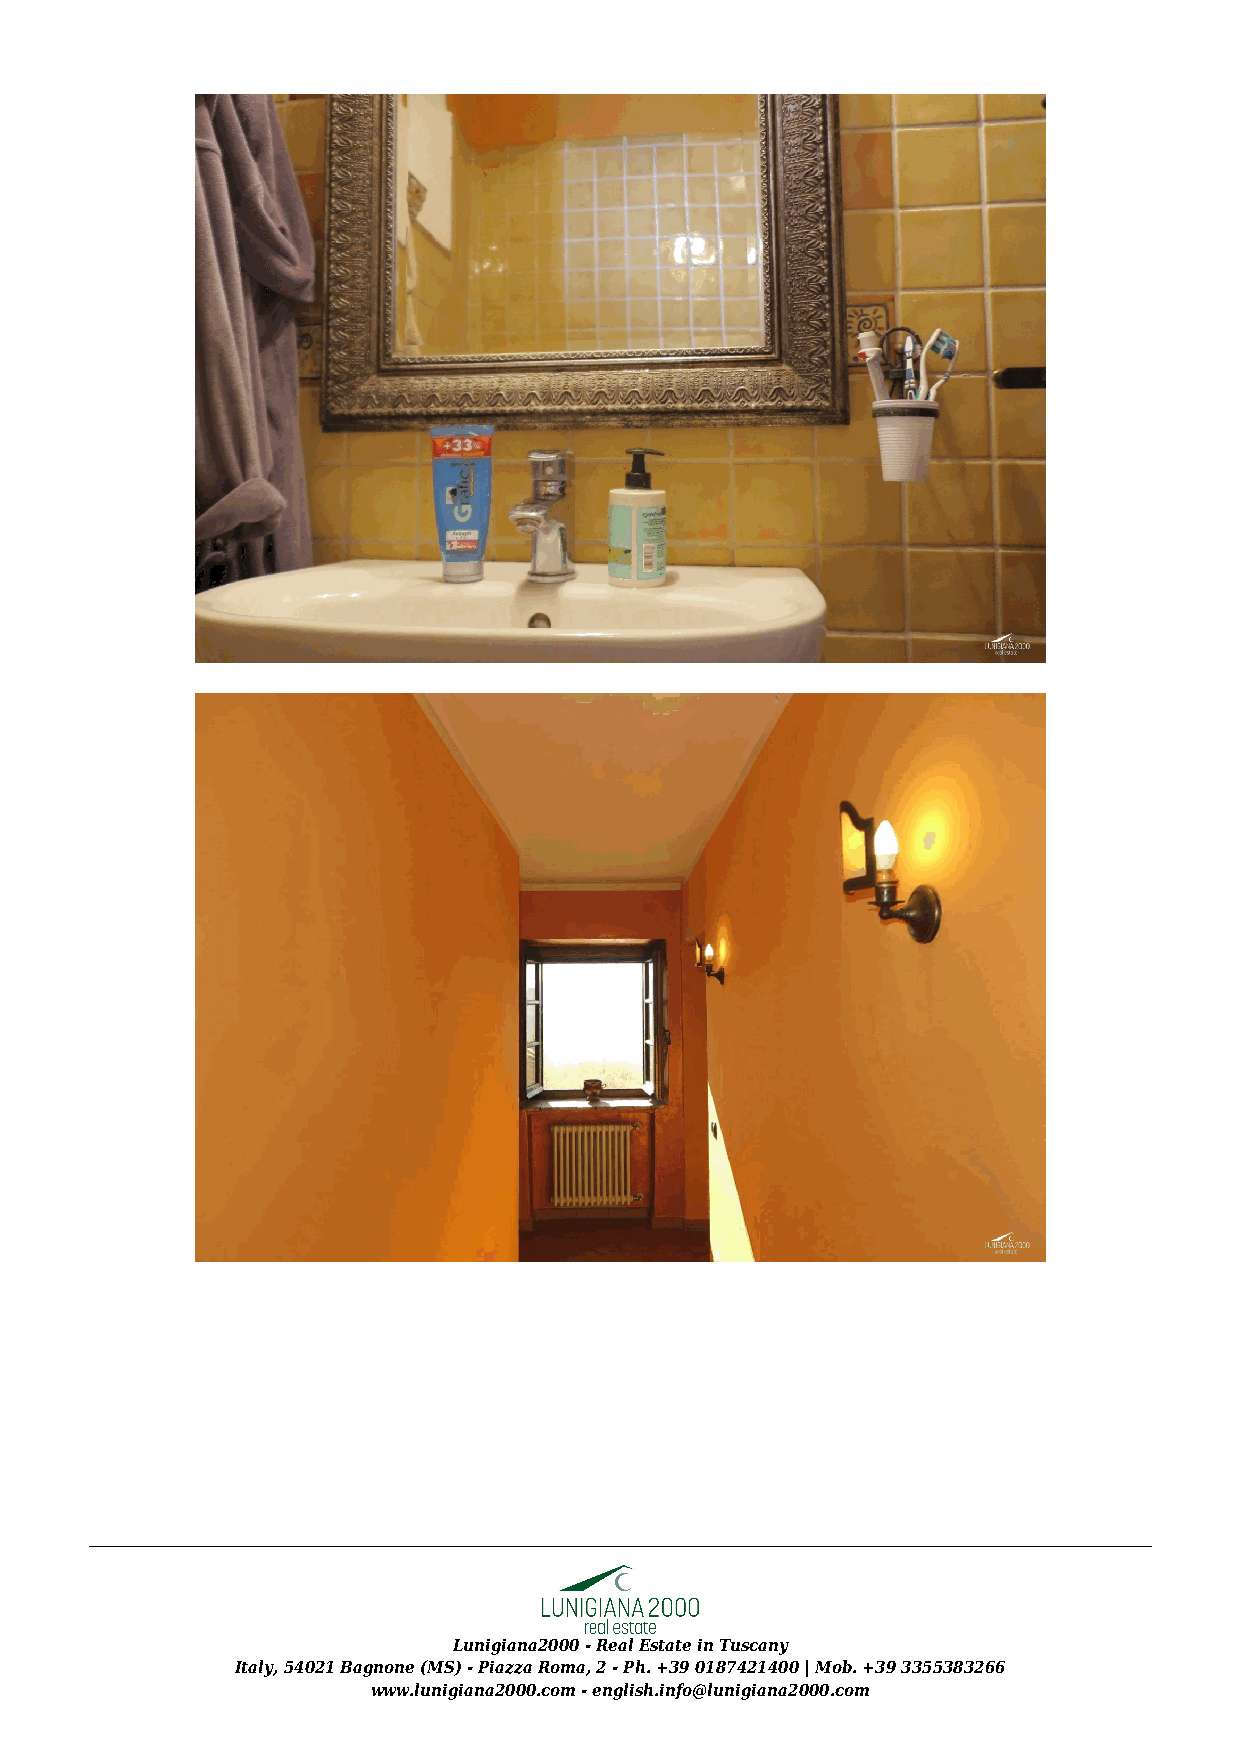
Lunigiana2000 - Real Estate in Tuscany
 Italy, 54021 Bagnone (MS) - Piazza Roma, 2 - Ph. +39 0187421400 | Mob. +39 3355383266
 www.lunigiana2000.com - english.info@lunigiana2000.com